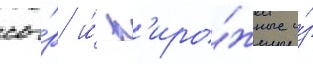
сы́р и́ п'иро́жные и́з